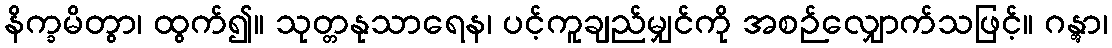
နိက္ခမိတွာ၊ ထွက်၍။ သုတ္တနုသာရေန၊ ပင့်ကူချည်မျှင်ကို အစဉ်လျှောက်သဖြင့်။ ဂန္တွာ၊